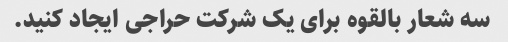
سه شعار بالقوه برای یک شرکت حراجی ایجاد کنید.